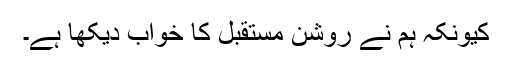
کیونکہ ہم نے روشن مستقبل کا خواب دیکھا ہے۔